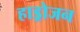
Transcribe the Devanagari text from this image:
हाड्रोजन